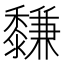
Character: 𪐋